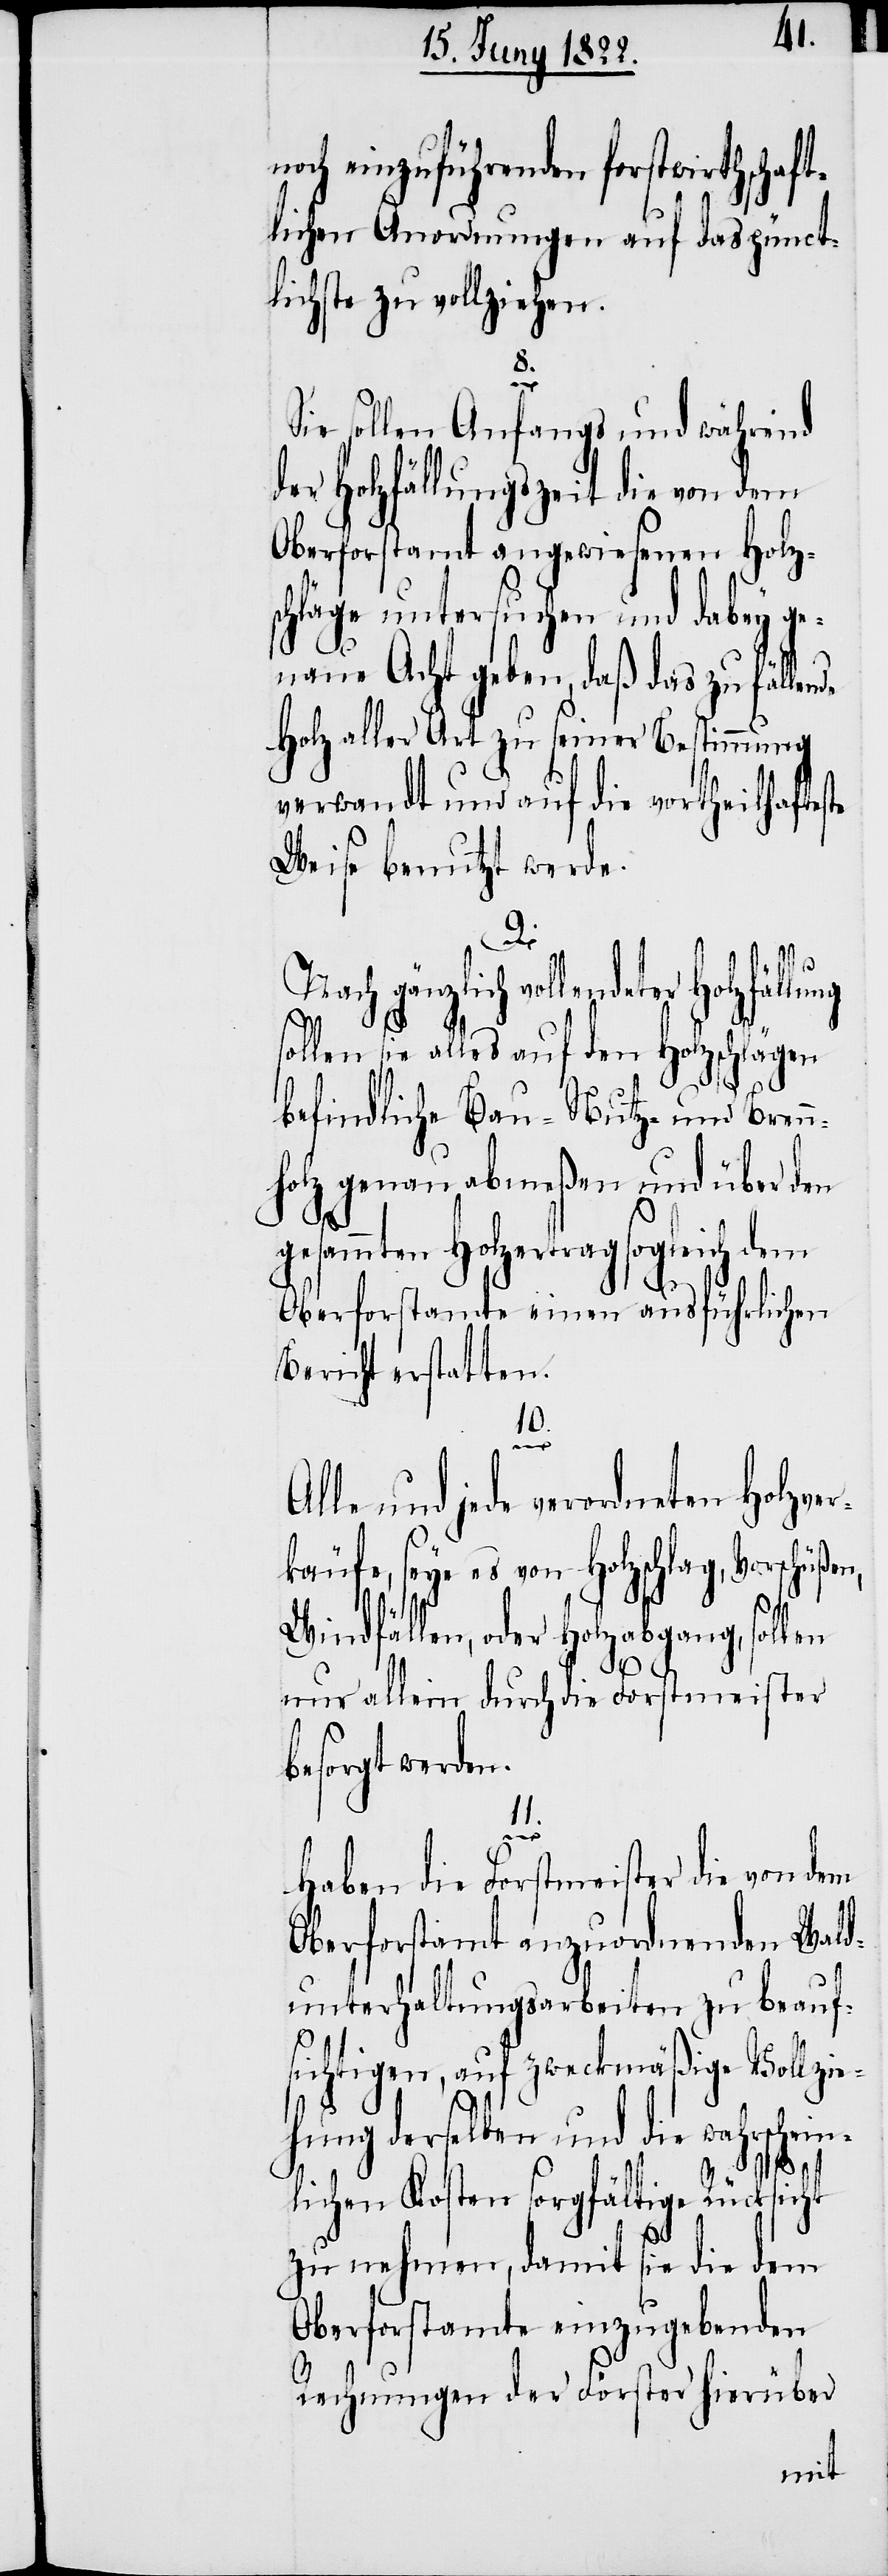
noch einzuführenden forstwirthschaft¬
lichen Anordnungen auf das pünct¬
lichste zu vollziehen.
8.
de
Sie sollen Anfangs, und während
der Holzfällungszeit die von dem
Oberforstamt angewiesenen Holz¬
schläge untersuchen und dabey ge¬
naue Acht geben, daß das zu fällen¬
Holz aller Art zu seiner Bestimmung
verwandt und auf die vortheilhaftes¬
Weise benutzt werde.
9.
Nach gänzlich vollendeter Holzfäl¬
sie alles auf den Holzschlägen
befindliche Bau- Nutz- und Bren¬
nholz genau abmeßen und über den
gesammten Holzertrag sogleich dem
Oberforstamte einen ausführlichen
Bericht erstatten.
10.
Alle und jede verordneten Holzver¬
käufe, seye es von Holzschlag, Vorschüß¬
Windfällen, oder Holzabgang, sollen
nur allein durch die Forstmeister
besorgt werden.
11.
in¬
Haben die Forstmeister die von dem
Oberforstamt anzuordnenden Wald¬
unterhaltungsarbeiten zu beauf¬
sichtigen, auf zweckmäßige Vollzie¬
hung derselben und die wahrsche¬
lichen Kosten sorgfältige Rücksicht
zu nehmen, damit sie die dem
Oberforstamte einzugebenden
Rechnungen der Förster hierüber